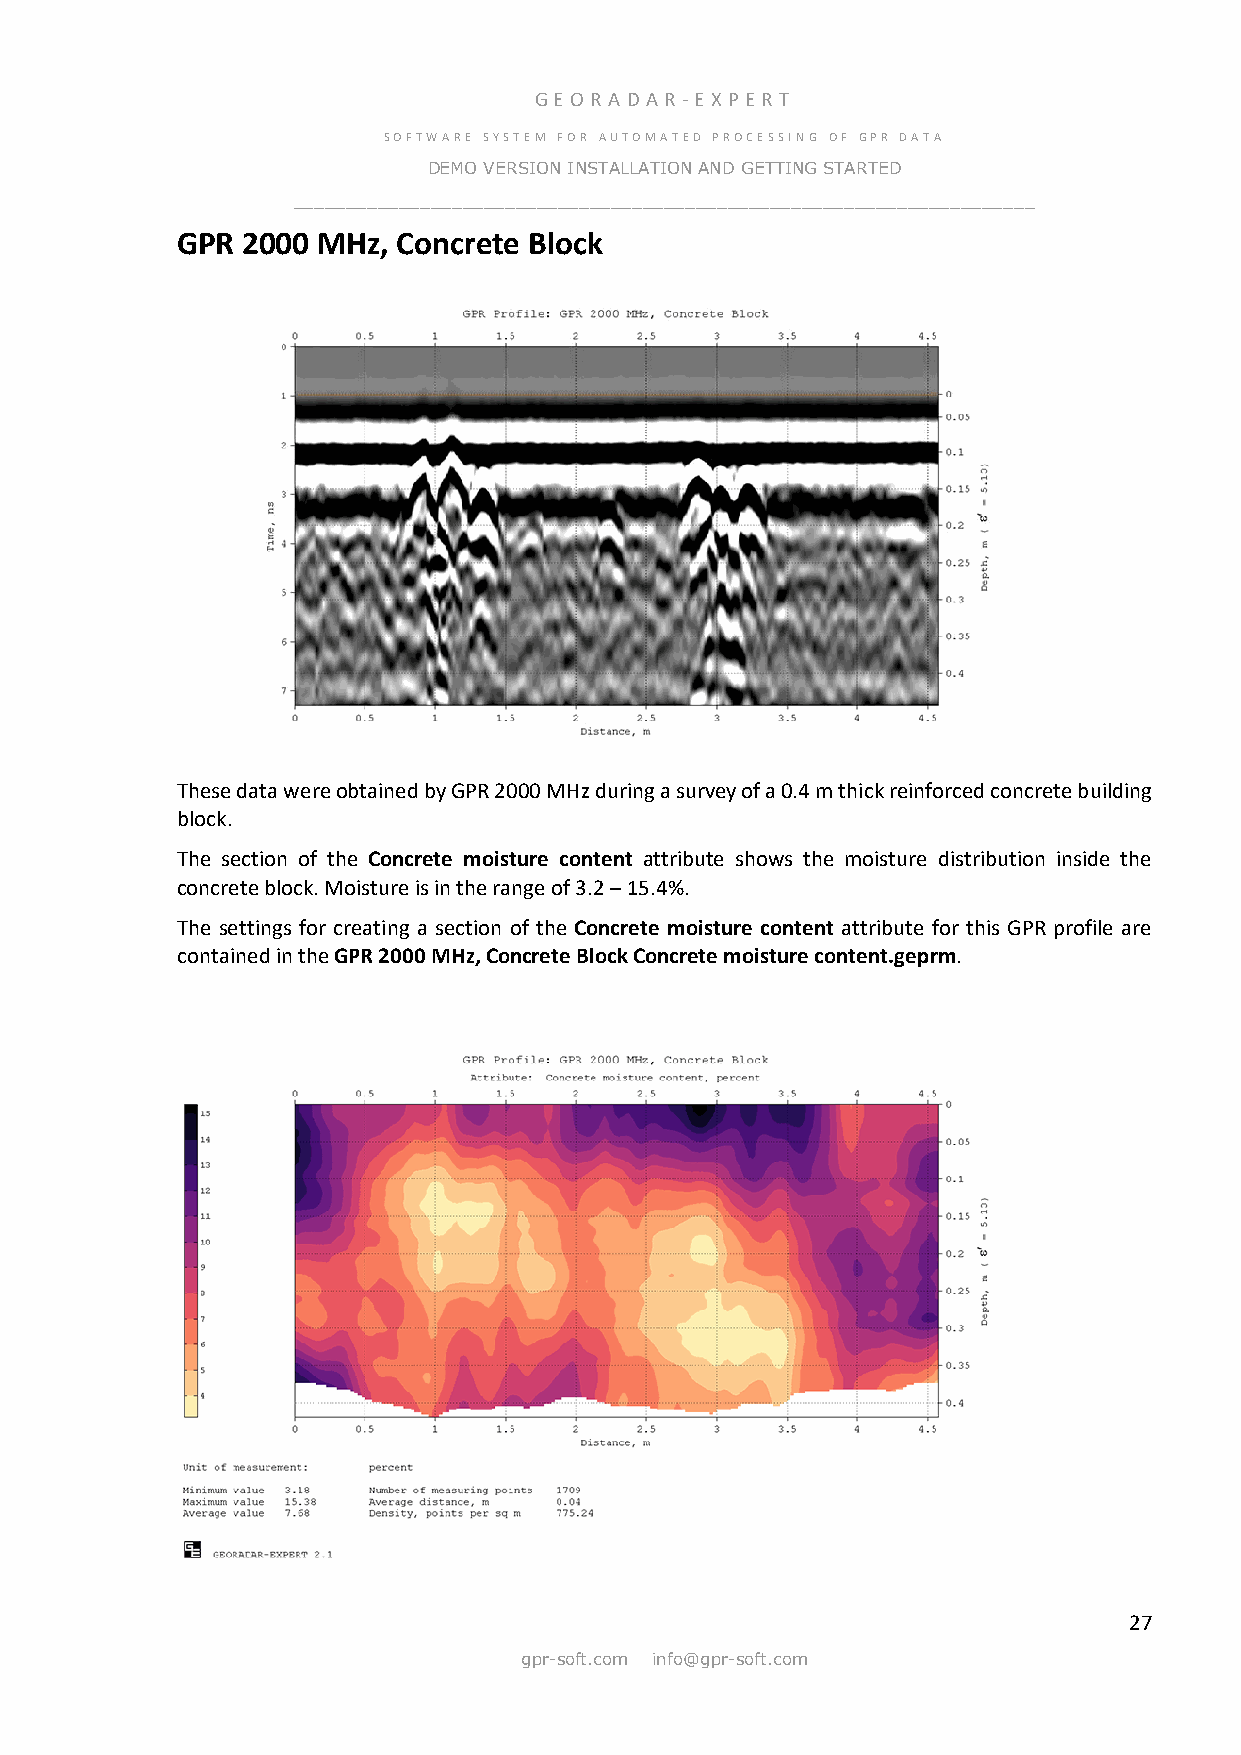
GE OR ADA R -E X PER T
 SOFTWARE SYSTEM FOR AUTOMATED PROCESSING OF GPR DATA
 DEMO VERSION INSTALLATION AND GETTING STARTED
 ______________________________________________________________________
 GPR 2000 MHz, Concrete Block
 These data were obtained by GPR 2000 MHz during a survey of a 0.4 m thick reinforced concrete building
 block.
 The section of the Concrete moisture content attribute shows the moisture distribution inside the
 concrete block. Moisture is in the range of 3.2 – 15.4%.
 The settings for creating a section of the Concrete moisture content attribute for this GPR profile are
 contained in the GPR 2000 MHz, Concrete Block Concrete moisture content.geprm.
 27
 gpr-soft.com info@gpr-soft.com